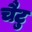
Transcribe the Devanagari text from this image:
चैटु